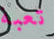
تعبة